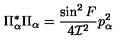
\Pi _ { \alpha } ^ { * } \Pi _ { \alpha } = \frac { \sin ^ { 2 } F } { 4 { \cal I } ^ { 2 } } p _ { \alpha } ^ { 2 }